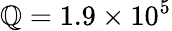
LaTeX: \mathbb{Q}=1.9\times10^{5}